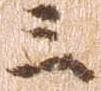
三